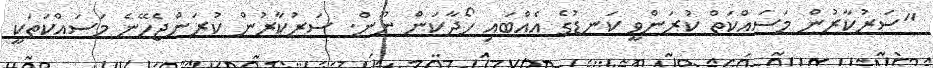
"ސަރުކާރުން މަސައްކަތް ކުރަންވީ ކަނޑުގެ އެއްބައި ހޯދާކަން ނޫން. ސަރުކާރުން ކުރަންޖެހޭނެ މަސައްކަތަކީ